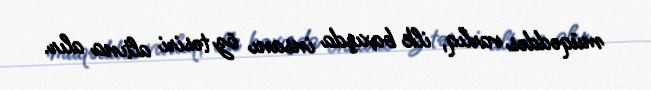
müqəddəs varlıq, ilk baxışda insanı öz təsiri altına alır.